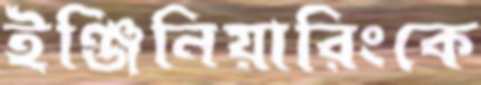
ইঞ্জিনিয়ারিংকে